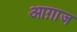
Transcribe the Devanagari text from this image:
आग़ाज